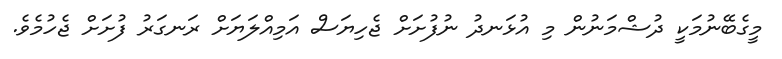
މީގެބޭނުމަކީ ދުޝްމަނުން މި އުޅަނދު ނުފުށަށް ޖެހިޔަސް އަމިއްލަޔަށް ރަނގަރު ފުށަށް ޖެހުމެވެ.